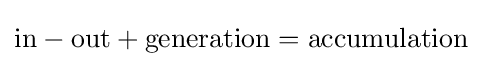
{\text{in}}-{\text{out}}+{\text{generation}}={\text{accumulation}}